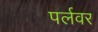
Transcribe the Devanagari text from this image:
पर्लवर